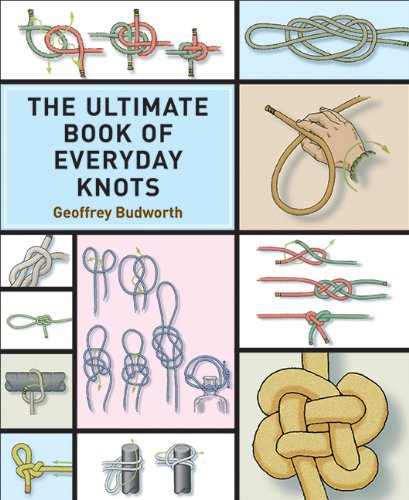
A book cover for The Ultimate Book of Everyday Knots; Geoffrey Budworth; Crafts, Hobbies & Home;